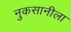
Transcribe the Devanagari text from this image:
नुकसानीला